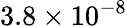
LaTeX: {3.8\times 10^{-8}}